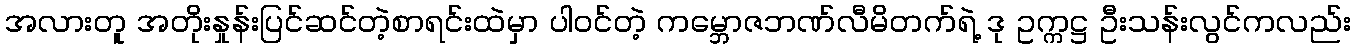
အလားတူ အတိုးနှုန်းပြင်ဆင်တဲ့စာရင်းထဲမှာ ပါဝင်တဲ့ ကမ္ဘောဇဘဏ်လီမိတက်ရဲ့ ဒု ဥက္ကဋ္ဌ ဦးသန်းလွင်ကလည်း